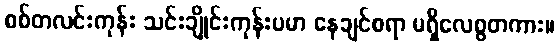
စစ်တလင်းကုန်း သင်းချိုင်းကုန်းပမာ နေချင်စရာ မရှိလေစွတကား။